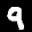
Label: 9